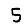
Digit: 5